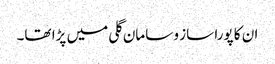
ان کا پورا ساز و سامان گلی میں پڑا تھا۔